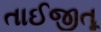
તાઈજીતૂ